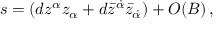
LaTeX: s = ( d z ^ { \alpha } z _ { \alpha } + d \bar { z } ^ { \dot { \alpha } } \bar { z } _ { \dot { \alpha } } ) + O ( B ) \, ,